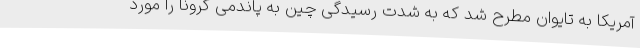
آمریکا به تایوان مطرح شد که به شدت رسیدگی چین به پاندمی کرونا را مورد